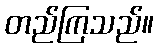
တည်ကြသည်။